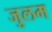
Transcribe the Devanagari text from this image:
जुलम